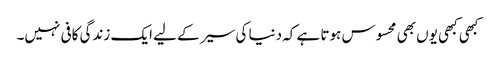
کبھی کبھی یوں بھی محسوس ہوتا ہے کہ دنیا کی سیر کے لیے ایک زندگی کافی نہیں۔